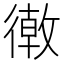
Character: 𢕴